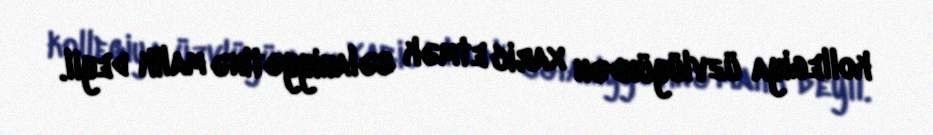
kollegiya üzvlüyündən xaric etmək səlahiyyətinə malik deyil.